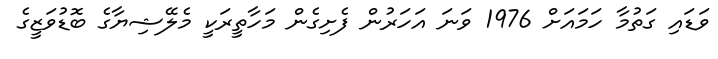
ވަޑައި ގަތުމާ ހަމައަށް 1976 ވަނަ އަހަރުން ފެށިގެން މަހާތީރަކީ މެލޭޝިޔާގެ ބޮޑުވަޒީގެ